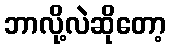
ဘာလို့လဲဆိုတော့